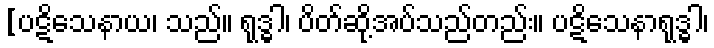
[ပဋိသေနာယ၊ သည်။ ရုဒ္ဓါ၊ ပိတ်ဆို့အပ်သည်တည်း။ ပဋိသေနာရုဒ္ဓါ၊